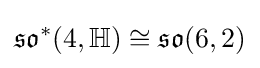
{\mathfrak {so}}^{*}(4,\mathbb {H} )\cong {\mathfrak {so}}(6,2)